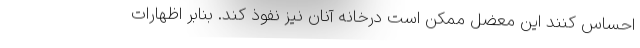
احساس کنند این معضل ممکن است درخانه‌ آنان نیز نفوذ کند. بنابر اظهارات